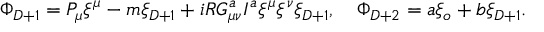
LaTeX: \Phi _ { D + 1 } = { \cal P } _ { \mu } \xi ^ { \mu } - m \xi _ { D + 1 } + i R G _ { \mu \nu } ^ { a } I ^ { a } \xi ^ { \mu } \xi ^ { \nu } \xi _ { D + 1 } , \quad \Phi _ { D + 2 } = a \xi _ { o } + b \xi _ { D + 1 } .